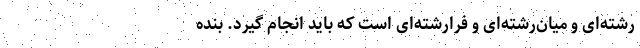
رشته‌ای و میان‌رشته‌ای و فرارشته‌ای است که باید انجام گیرد. بنده